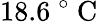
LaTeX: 18.6\mathrm{~}^{\circ}\mathrm{~C~}